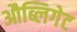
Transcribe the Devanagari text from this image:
औब्लिगेट